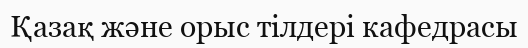
Қазақ және орыс тілдері кафедрасы